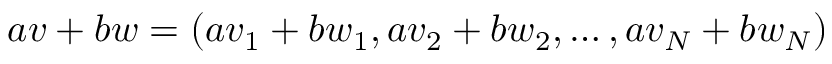
a v + b w = ( a v _ { 1 } + b w _ { 1 } , a v _ { 2 } + b w _ { 2 } , \ldots , a v _ { N } + b w _ { N } )